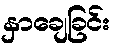
နှာချေခြင်း